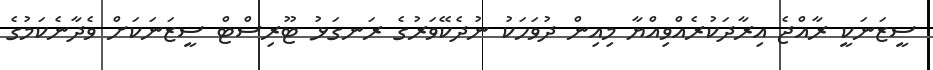
ސީޒަނަކީ ރާއްޖެ އިރާދަކުރެއްވިއްޔާ މިއިން ދުވަހަކު ނުދެކޭވަރުގެ ރަނގަޅު ޓޫރިސްޓް ސީޒަނަކަށް ވެދާނެކަމުގެ